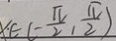
x \cdot \in ( - \frac { \pi } { 2 } , \frac { \pi } { 2 } )